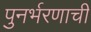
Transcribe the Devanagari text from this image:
पुनर्भरणाची